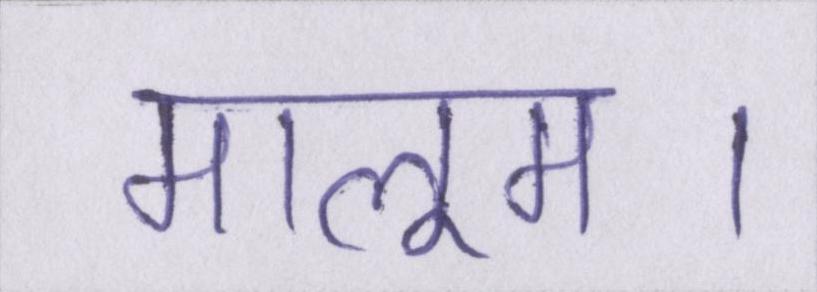
मालूम।